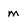
Character: m